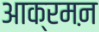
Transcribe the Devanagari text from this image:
आक्रमऩ